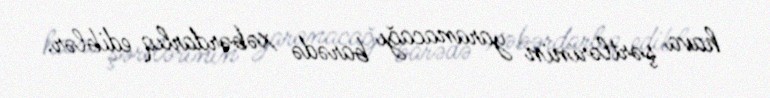
hava şərtlərinin yaranacağı barədə xəbərdarlıq ediblər.